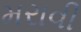
મરાવી